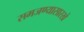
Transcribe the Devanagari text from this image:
समजण्यासारखे